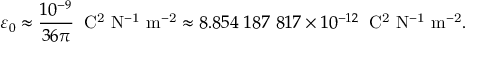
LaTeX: \varepsilon _ { 0 } \approx { \frac { 1 0 ^ { - 9 } } { 3 6 \pi } } \; \; \mathrm { C ^ { 2 } \ N ^ { - 1 } \ m ^ { - 2 } } \approx 8 . 8 5 4 \ 1 8 7 \ 8 1 7 \times 1 0 ^ { - 1 2 } \; \; \mathrm { C ^ { 2 } \ N ^ { - 1 } \ m ^ { - 2 } } .